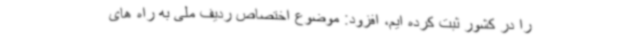
را در کشور ثبت کرده ایم، افزود: موضوع اختصاص ردیف ملی به راه های